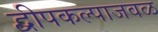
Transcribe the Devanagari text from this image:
द्वीपकल्पाजवळ